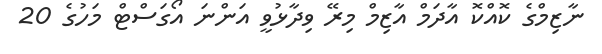
ނާޒިމްގެ ކޮއްކޮ އާދަމް އާޒިމް މިރޭ ވިދާޅުވީ އަންނަ އޯގަސްޓް މަހުގެ 20